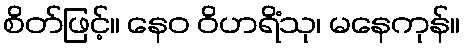
စိတ်ဖြင့်။ နေဝ ဝိဟရိံသု၊ မနေကုန်။